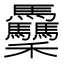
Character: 𥤡